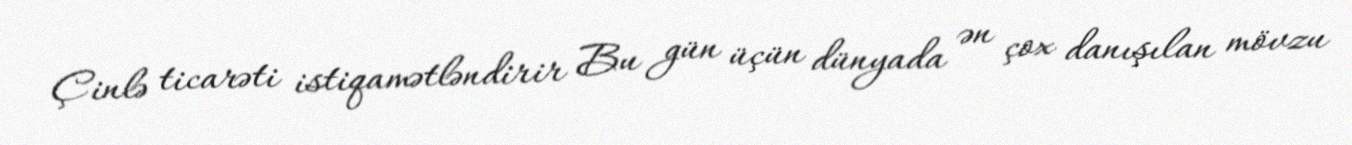
Çinlə ticarəti istiqamətləndirir Bu gün üçün dünyada ən çox danışılan mövzu